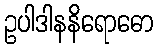
ဥပါဒါနနိရောဓော